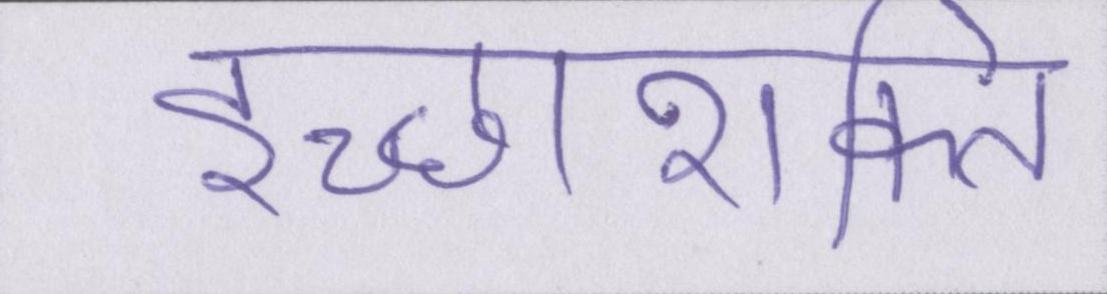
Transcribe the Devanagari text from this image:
इच्छाशक्ति